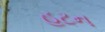
હટન